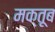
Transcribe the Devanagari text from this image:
मक्तूब